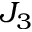
J _ { 3 }